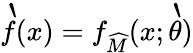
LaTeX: \grave{f}(x)=f_{\widehat{M}}(x;\grave{\theta})